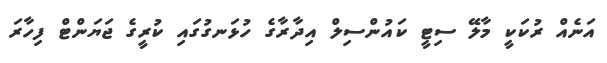
އަނެއް ރުކަކީ މާލޭ ސިޓީ ކައުންސިލް އިދާރާގެ ހުޅަނގުގައި ކުރީގެ ޖަޔަންޓް ފިހާރަ